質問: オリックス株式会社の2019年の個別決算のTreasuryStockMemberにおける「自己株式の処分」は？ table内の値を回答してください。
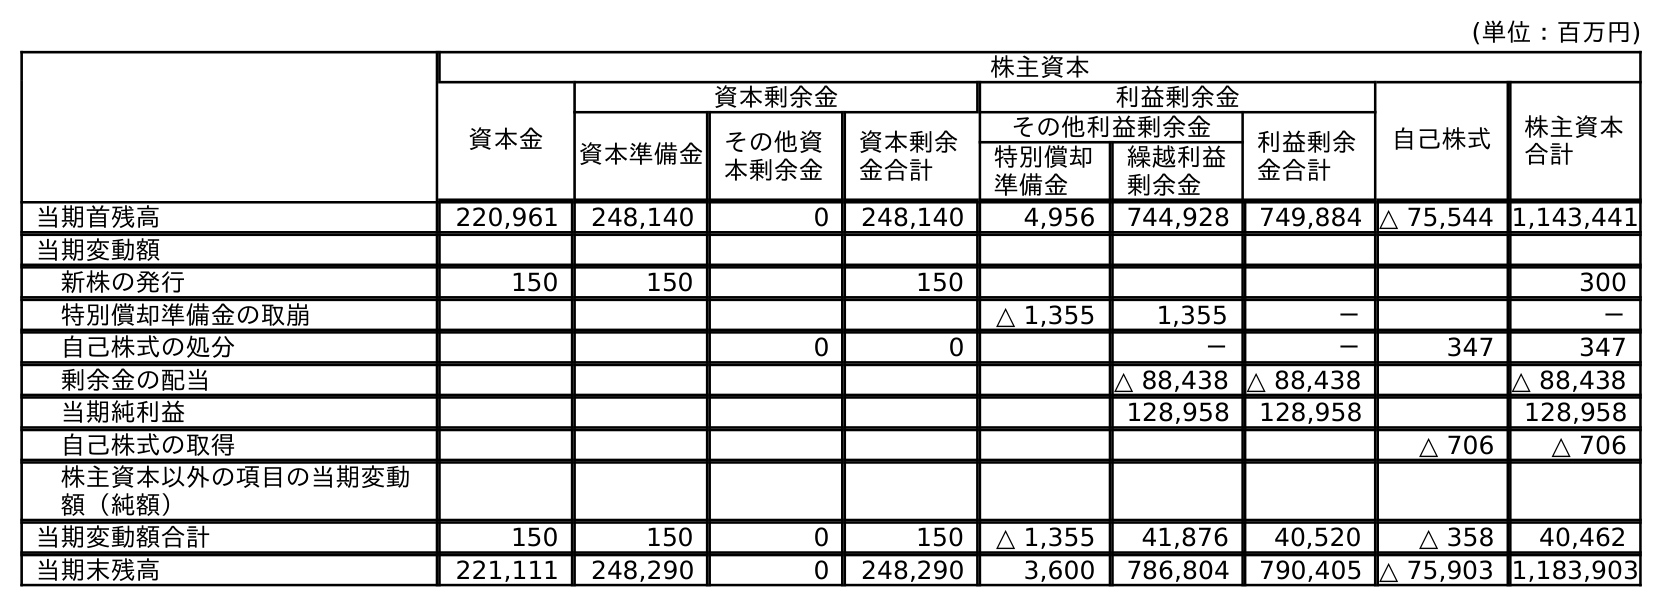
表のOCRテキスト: (単位：百万円) 株主資本 資本金 資本剰余金 利益剰余金 自己株式 株主資本 合計 資本準備金 その他資 本剰余金 資本剰余 金合計 その他利益剰余金 利益剰余 金合計 特別償却 準備金 繰越利益 剰余金 当期首残高 220,961 248,140 0 248,140 4,956 744,928 749,884 △ 75,544 1,143,441 当期変動額 新株の発行 150 150 150 300 特別償却準備金の取崩 △ 1,355 1,355 － － 自己株式の処分 0 0 － － 347 347 剰余金の配当 △ 88,438 △ 88,438 △ 88,438 当期純利益 128,958 128,958 128,958 自己株式の取得 △ 706 △ 706 株主資本以外の項目の当期変動 額（純額） 当期変動額合計 150 150 0 150 △ 1,355 41,876 40,520 △ 358 40,462 当期末残高 221,111 248,290 0 248,290 3,600 786,804 790,405 △ 75,903 1,183,903
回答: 347